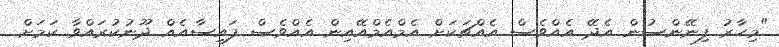
"މިހާރު ފިނޭންސުން އެދޭ އެއްވެސް އެއްޗަކަށް އެމްއެމްއޭއިން އެއްވެސް ފައިސާއެއް ދޫނުކުރައްވާ ކަމަށް